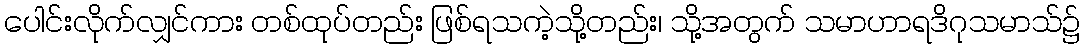
ပေါင်းလိုက်လျှင်ကား တစ်ထုပ်တည်း ဖြစ်ရသကဲ့သို့တည်း၊ သို့အတွက် သမာဟာရဒိဂုသမာသ်၌